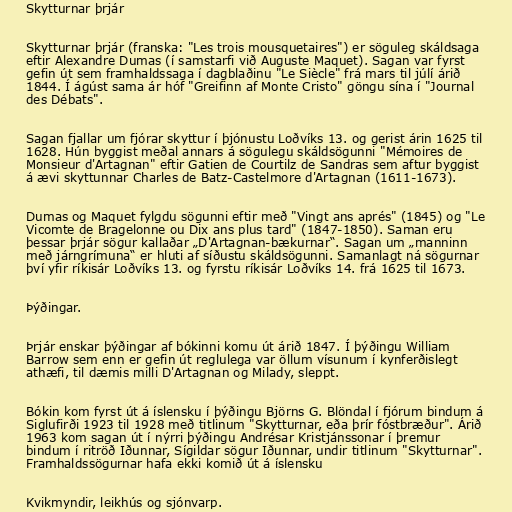
Skytturnar þrjár

Skytturnar þrjár (franska: "Les trois mousquetaires") er söguleg skáldsaga
eftir Alexandre Dumas (í samstarfi við Auguste Maquet). Sagan var fyrst
gefin út sem framhaldssaga í dagblaðinu "Le Siècle" frá mars til júlí árið
1844. Í ágúst sama ár hóf "Greifinn af Monte Cristo" göngu sína í "Journal
des Débats".

Sagan fjallar um fjórar skyttur í þjónustu Loðvíks 13. og gerist árin 1625 til
1628. Hún byggist meðal annars á sögulegu skáldsögunni "Mémoires de
Monsieur d'Artagnan" eftir Gatien de Courtilz de Sandras sem aftur byggist
á ævi skyttunnar Charles de Batz-Castelmore d'Artagnan (1611-1673).

Dumas og Maquet fylgdu sögunni eftir með "Vingt ans aprés" (1845) og "Le
Vicomte de Bragelonne ou Dix ans plus tard" (1847-1850). Saman eru
þessar þrjár sögur kallaðar „D'Artagnan-bækurnar“. Sagan um „manninn
með járngrímuna“ er hluti af síðustu skáldsögunni. Samanlagt ná sögurnar
því yfir ríkisár Loðvíks 13. og fyrstu ríkisár Loðvíks 14. frá 1625 til 1673.

Þýðingar.

Þrjár enskar þýðingar af bókinni komu út árið 1847. Í þýðingu William
Barrow sem enn er gefin út reglulega var öllum vísunum í kynferðislegt
athæfi, til dæmis milli D'Artagnan og Milady, sleppt.

Bókin kom fyrst út á íslensku í þýðingu Björns G. Blöndal í fjórum bindum á
Siglufirði 1923 til 1928 með titlinum "Skytturnar, eða þrír fóstbræður". Árið
1963 kom sagan út í nýrri þýðingu Andrésar Kristjánssonar í þremur
bindum í ritröð Iðunnar, Sígildar sögur Iðunnar, undir titlinum "Skytturnar".
Framhaldssögurnar hafa ekki komið út á íslensku

Kvikmyndir, leikhús og sjónvarp.